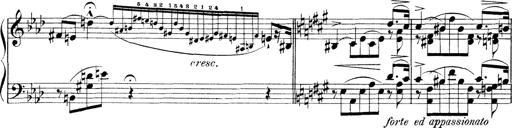
Title: 3 Ã‰tudes de concert
Composer: Franz Liszt